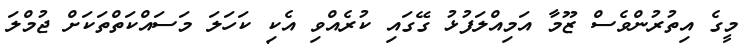
މީގެ އިތުރުންވެސް ޒޫމާ އަމިއްލަފުޅު ގޭގައި ކުރެއްވި އެކި ކަހަލަ މަސައްކަތްތަކަށް ޖުމްލަ